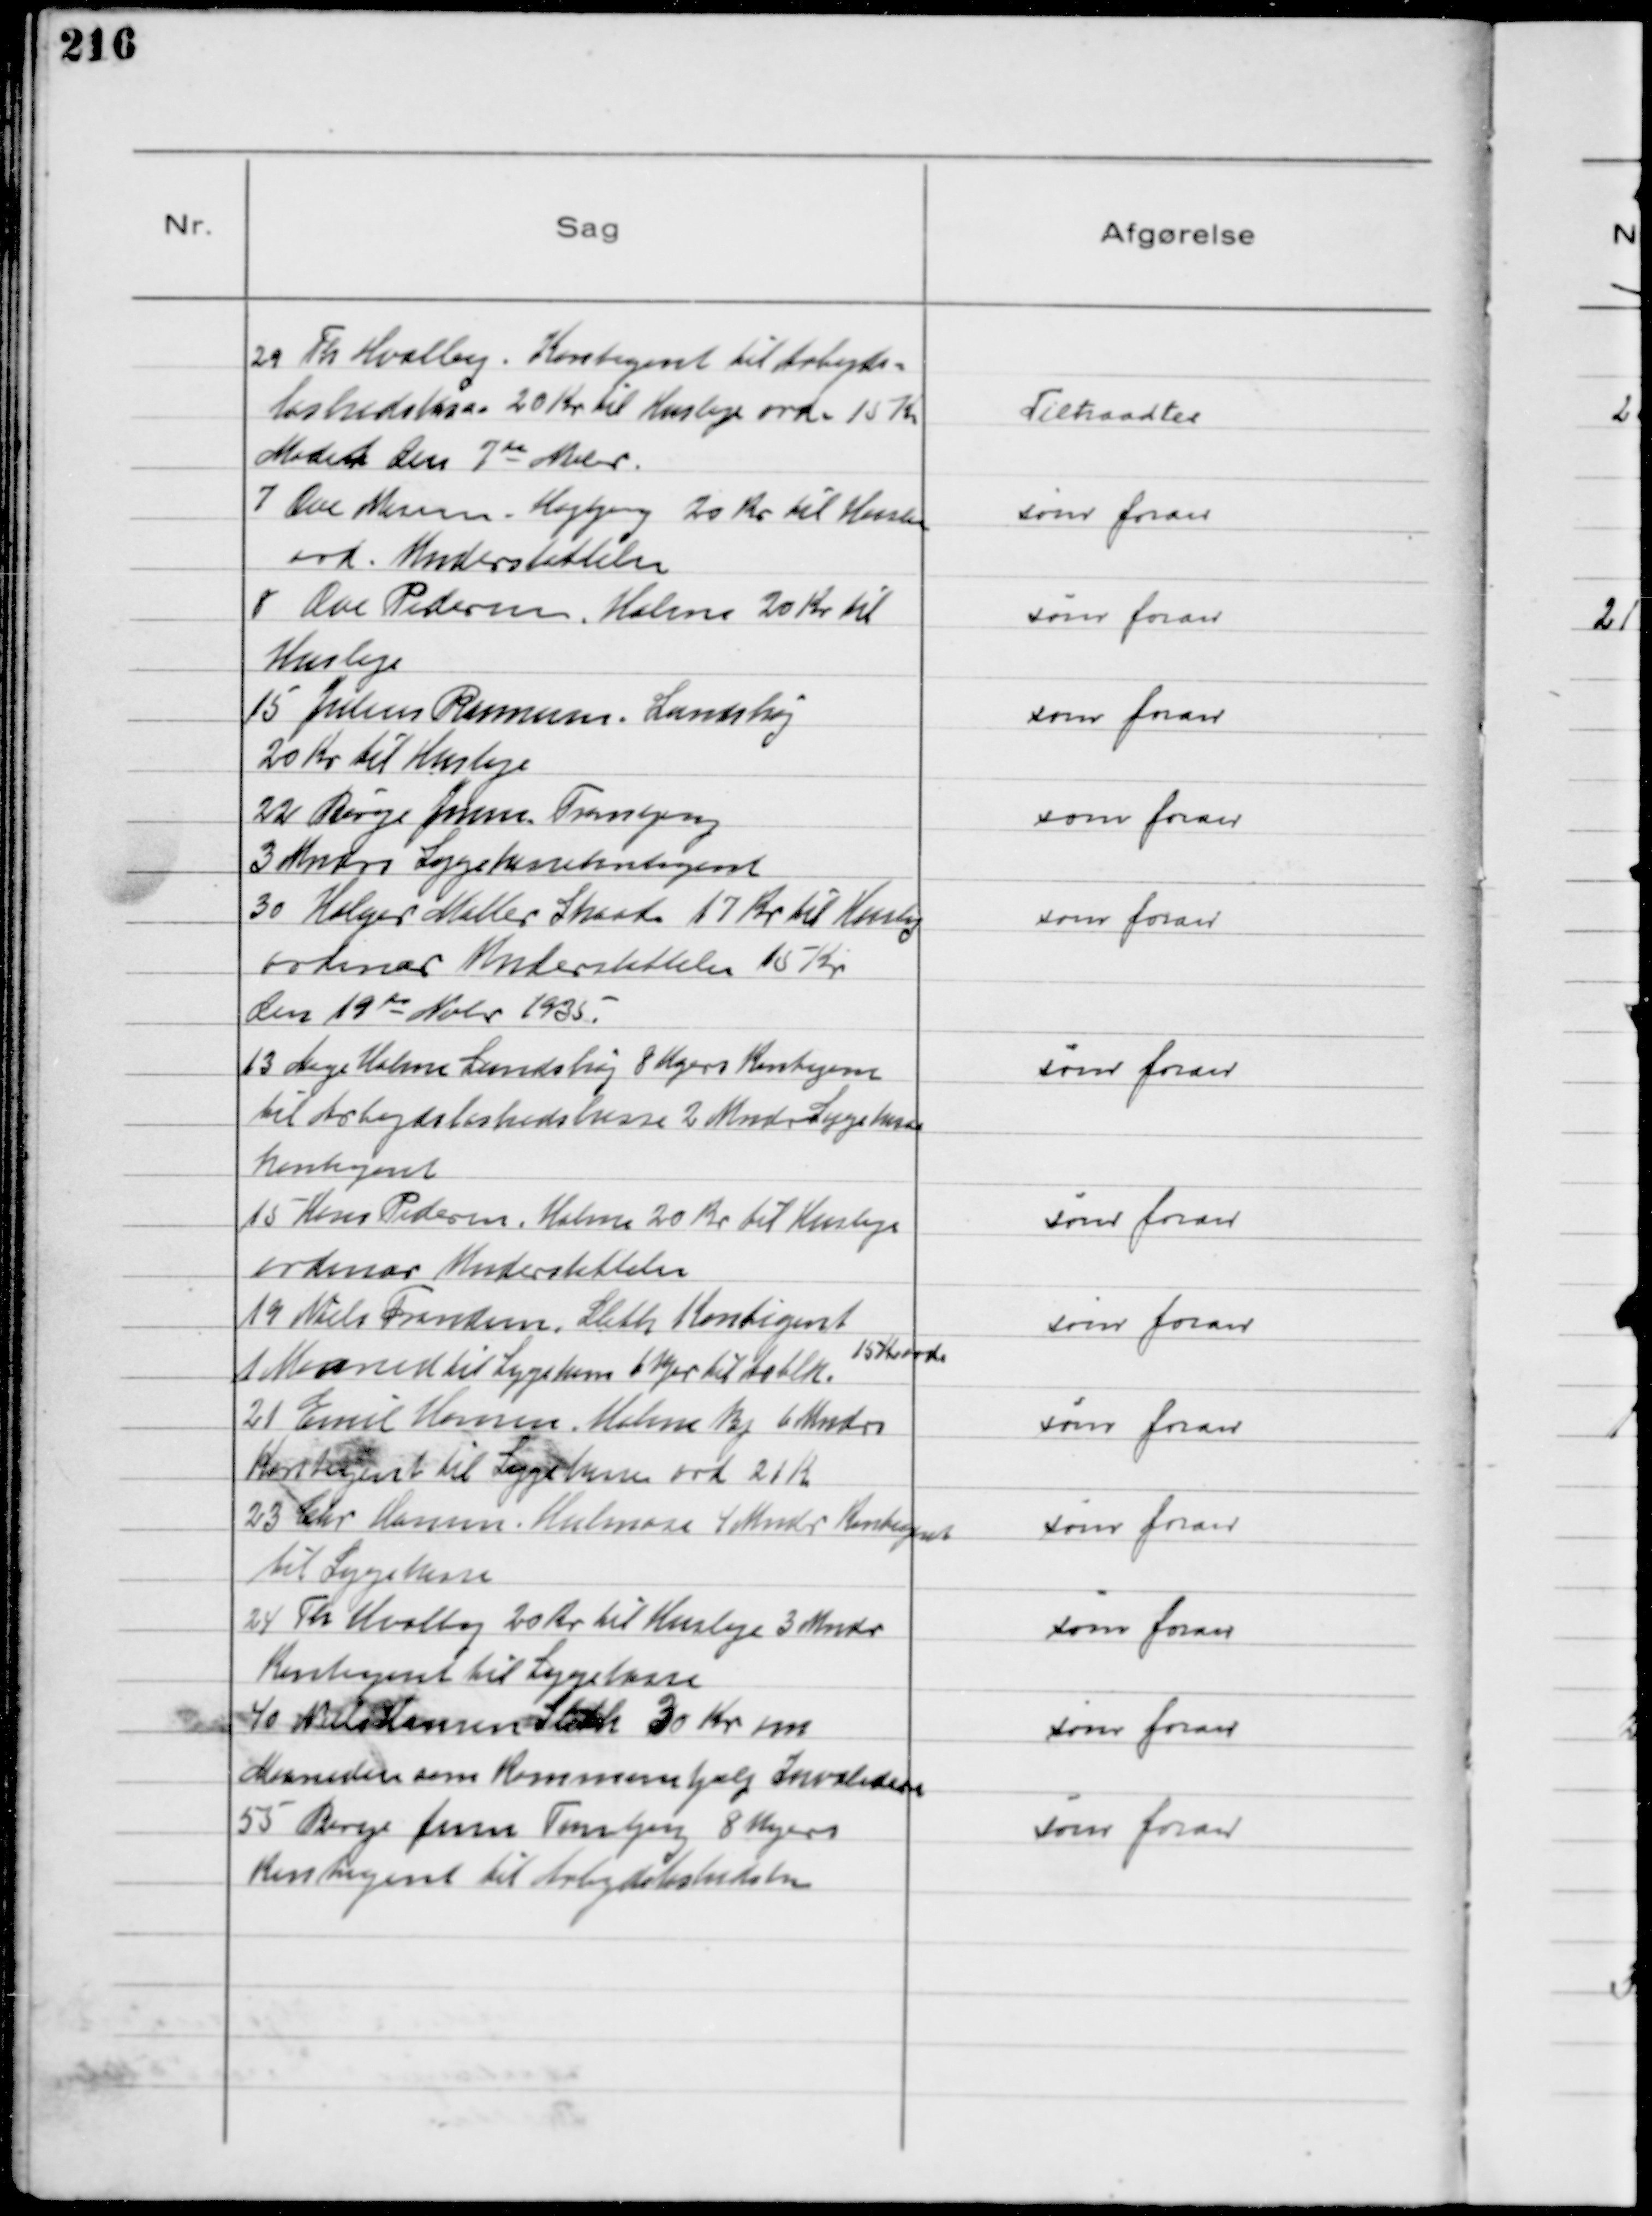
Transskription:
29 Th Hvalby. Kontigent til Arbejds-
løshedskasse 20 Kr til Husleje ord. 15 Kr
Mødet den 7de Nobr
7 Ove Nissen, Højbjerg 20 Kr til Husleje
ord. Understøttelse
8 Ove Pedersen, Holme 20 Kr til
Husleje
15 Julius Rasmussen, Lundshøj
20 Kr til Husleje
22 Børge Jensen. Tranbjerg
3 Mndrs Sygekassekontigent
30 Holger Møller Skaade 17 Kr tilHusleje
ordinær Understøttelse 15 Kr
den 19de Nobr 1935.
13 Aage Holme Lundshøj 8 Ugers Kontigent
til Abejdsløshedskasse 2 Mndr Sygekasse
kontigent
15 Hans Pedersen. Holme 20 Kr til Husleje
ordinær Understøttelse
19 Niels Frandsen, Sleth Kontigent
1 Maaned til Sygekasse 6 Uger til Arblk.
15 Kr ord.
21 Emil Hansen. Holme By 6 Mndrs
Kontigent til Sygekasse ord. 21 Kr
23 Chr Hansen Hulmose 4 Mndr Kontigent
til Sygekasse
24 Th Hvalby 20 Kr til Husleje 3 Mndr
Kontigent til Sygekasse
40 Niels Hansen Sleth 30 Kr om
Maaneden som Kommunehjælp Invalidere
55 Børge Jensen Tranbjerg 8 Ugers
Kontigent til Arbejdsløshedskasse

Tiltraadtes
som foran
som foran
som foran
som foran
som foran
som foran
som foran
som foran
som foran
som foran
som foran
som foran
som foran